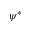
\psi ^ { * }